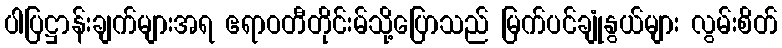
ပါပြဋ္ဌာန်းချက်များအရ ဧရာဝတီတိုင်းမ်သို့ပြောသည် မြက်ပင်ချုံနွယ်များ လွမ်းစိတ်